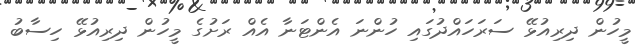
މީހުން ދިރިއުޅޭ ސަރަހައްދުގައި ހުންނަ އެންޓަނާ އެއް ރަށުގެ މީހުން ދިރިއުޅޭ ހިސާބު